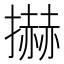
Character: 𢷓